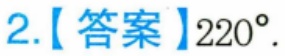
2.【答案】\(220^{\circ}\).